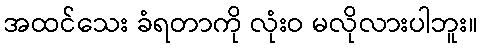
အထင်သေး ခံရတာကို လုံးဝ မလိုလားပါဘူး။